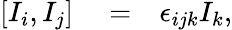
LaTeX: \begin{array}{rlr}{\left[I_{i},I_{j}\right]}&{{}=}&{\epsilon_{ijk}I_{k},}\end{array}